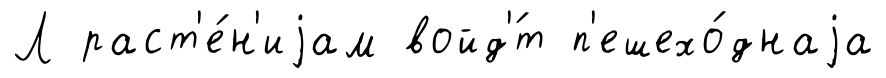
Л раст'е́н'иjам войд'́т п'ешехо́днаjа